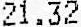
21.32